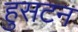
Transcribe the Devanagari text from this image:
हुसटन